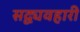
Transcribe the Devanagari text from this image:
सद्व्यवहारी